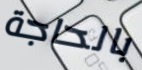
بالحاجة